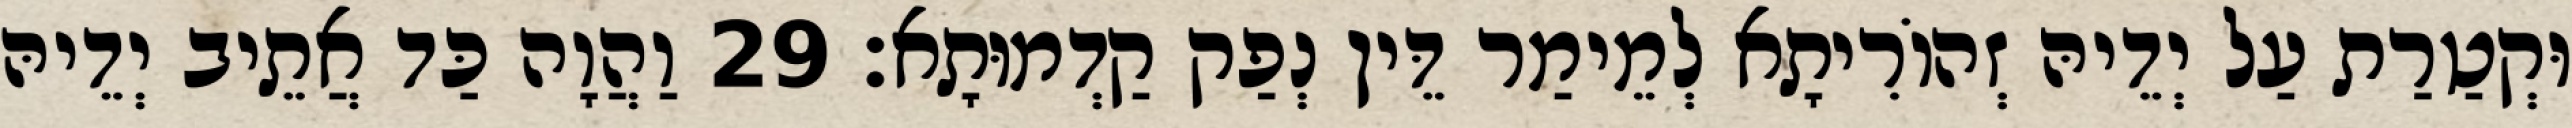
וּקְטַרַת עַל יְדֵיהּ זְהוֹרִיתָא לְמֵימַר דֵּין נְפַק קַדְמוּתָא׃ 29 וַהֲוָה כַּד אֲתֵיב יְדֵיהּ